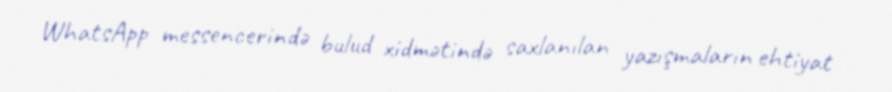
WhatsApp messencerində bulud xidmətində saxlanılan yazışmaların ehtiyat